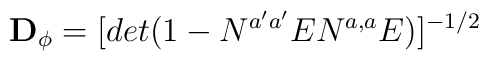
{\bf D_\phi } = [det (1 - N^{a' a'} EN^{a, a} E)]^{-1/2} \, \,